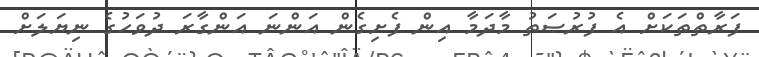
ފަރާތްތަކަށް އެ ފުރުޞަތު މާދަމާ އިން ފެށިގެން އަންނަ އަންގާރަ ދުވަހުގެ ނިޔަލަށް